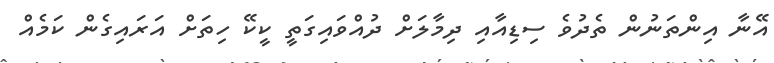
އޭނާ އިންތަނުން ތެދުވެ ސިޑިއާއި ދިމާލަށް ދުއްވައިގަތީ ކީކޭ ހިތަށް އަރައިގެން ކަމެއް